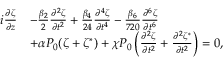
\begin{array} { r l } { i \frac { \partial \zeta } { \partial z } } & { - \frac { \beta _ { 2 } } { 2 } \frac { \partial ^ { 2 } \zeta } { \partial t ^ { 2 } } + \frac { \beta _ { 4 } } { 2 4 } \frac { \partial ^ { 4 } \zeta } { \partial t ^ { 4 } } - \frac { \beta _ { 6 } } { 7 2 0 } \frac { \partial ^ { 6 } \zeta } { \partial t ^ { 6 } } } \\ & { + \alpha P _ { 0 } ( \zeta + \zeta ^ { * } ) + \chi P _ { 0 } \left( \frac { \partial ^ { 2 } \zeta } { \partial t ^ { 2 } } + \frac { \partial ^ { 2 } \zeta ^ { * } } { \partial t ^ { 2 } } \right) = 0 , } \end{array}